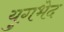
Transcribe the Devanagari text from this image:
युगभेद